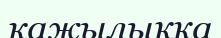
кажылыққа